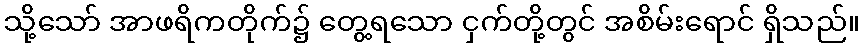
သို့သော် အာဖရိကတိုက်၌ တွေ့ရသော ငှက်တို့တွင် အစိမ်းရောင် ရှိသည်။